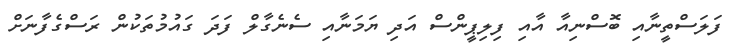
ފަލަސްތީނާއި ބޮސްނިއާ އާއި ފިލިޕީންސް އަދި ޔަމަނާއި ސެނެގާލް ފަދަ ގައުމުތަކުން ރަސްގެފާނަށް